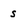
Character: s